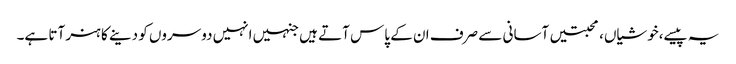
یہ پیسے،خوشیاں،محبتیں آسانی سے صرف ان کے پاس آتے ہیں جنہیں انہیں دوسروں کو دینے کا ہنر آتا ہے۔